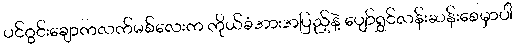
ပင်ဂွင်းချောကလက်မစ်လေးက ကိုယ်ခံအားအပြည့်နဲ့ ပျော်ရွှင်လန်းဆန်းစေမှာပါ